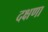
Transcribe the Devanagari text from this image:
दक्षणा